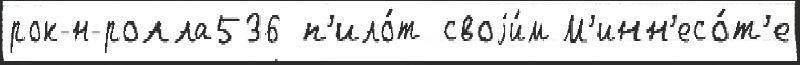
рок-н-ролла536 п'ило́т своjи́м М'инн'есо́т'е